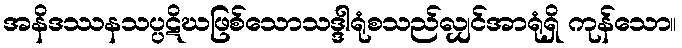
အနိဒဿနသပ္ပဋိဃဖြစ်သောသဒ္ဒါရုံစသည်လျှင်အာရုံရှိ ကုန်သော။